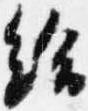
給